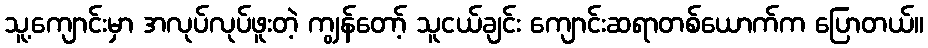
သူ့ကျောင်းမှာ အလုပ်လုပ်ဖူးတဲ့ ကျွန်တော့် သူငယ်ချင်း ကျောင်းဆရာတစ်ယောက်က ပြောတယ်။